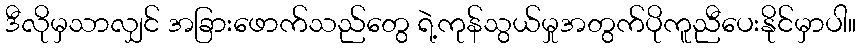
ဒီလိုမှသာလျှင် အခြားဖောက်သည်တွေ ရဲ့ကုန်သွယ်မှုအတွက်ပိုကူညီပေးနိုင်မှာပါ။